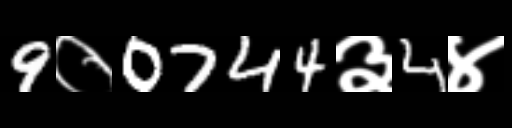
Text: 9०0744३4४